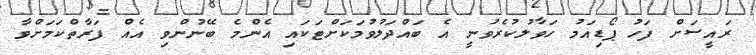
ރައީސަށް ފަހު ޕޯޑިއަމު ހަވާލުކުރެވުނީ އެ ބައްދަލުވުމަކަށްޓަކައި އެންމެ ބޭނުންވި އެއް ފަރާތްކަމަށްވާ